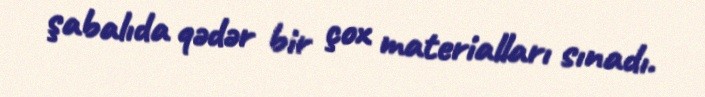
şabalıda qədər bir çox materialları sınadı.